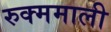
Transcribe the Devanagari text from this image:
रुक्ममाली